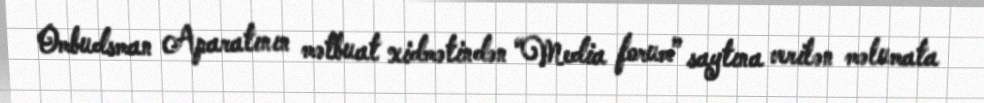
Ombudsman Aparatının mətbuat xidmətindən “Media forum” saytına verilən məlumata